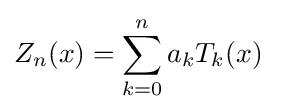
Z_{n}(x)=\sum _{k=0}^{n}a_{k}T_{k}(x)\